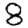
Digit: 8